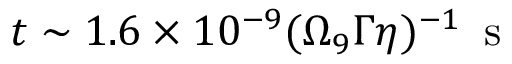
t \sim 1 . 6 \times 1 0 ^ { - 9 } ( \Omega _ { 9 } \Gamma \eta ) ^ { - 1 } \, \mathrm { ~ s ~ }